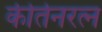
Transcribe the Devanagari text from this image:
कीर्तनरत्‍न